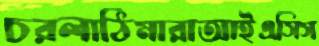
চরলাঠিমারাআইএসিস